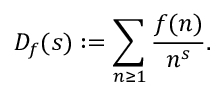
D _ { f } ( s ) : = \sum _ { n \geq 1 } { \frac { f ( n ) } { n ^ { s } } } .